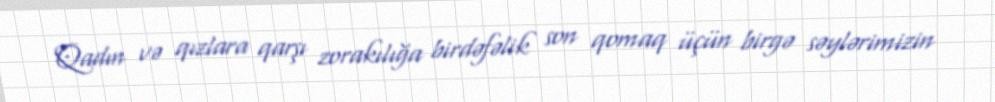
Qadın və qızlara qarşı zorakılığa birdəfəlik son qomaq üçün birgə səylərimizin